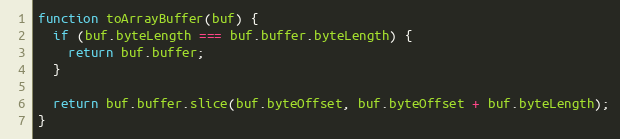
Language: JavaScript
function toArrayBuffer(buf) {
  if (buf.byteLength === buf.buffer.byteLength) {
    return buf.buffer;
  }

  return buf.buffer.slice(buf.byteOffset, buf.byteOffset + buf.byteLength);
}